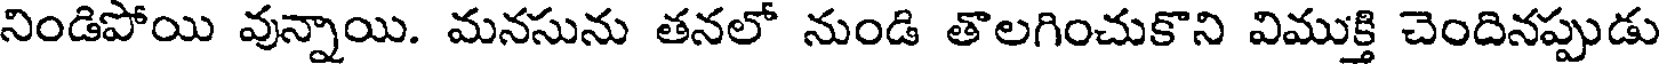
నిండిపోయి వున్నాయి. మనసును తనలో నుండి తొలగించుకొని విముక్తి చెందినప్పుడు